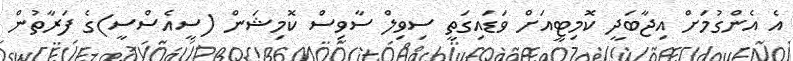
އެ އެންގުމަށް އިޖާބަދީ ކޮމިޓީއަށް ވަޑައިގަތީ ސިވިލް ސާވިސް ކޮމިޝަން (ސީއެސްސީ)ގެ ފަރާތުން